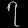
Digit: ၇